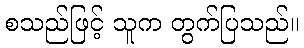
စသည်ဖြင့် သူက တွက်ပြသည်။